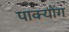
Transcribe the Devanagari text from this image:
पाक्योंग